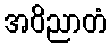
အဝိညာတံ